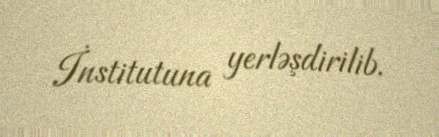
İnstitutuna yerləşdirilib.